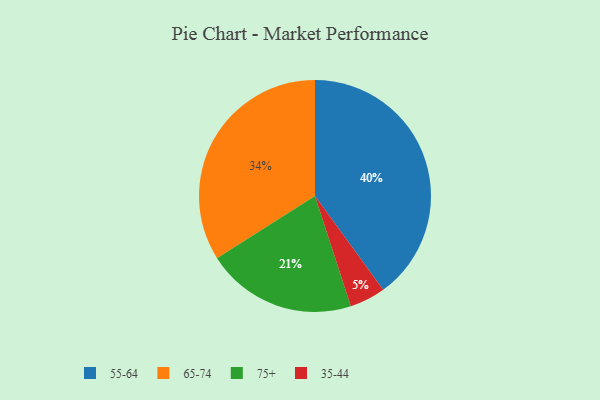
{"axis": {"x": "Category", "y": "Percentage"}, "legend": ["35-44", "55-64", "65-74", "75+"], "data": [{"x": "35-44", "y": 5, "type": "35-44"}, {"x": "75+", "y": 21, "type": "75+"}, {"x": "55-64", "y": 40, "type": "55-64"}, {"x": "65-74", "y": 34, "type": "65-74"}]}